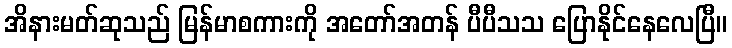
အိနားမတ်ဆုသည် မြန်မာစကားကို အတော်အတန် ပီပီသသ ပြောနိုင်နေလေပြီ။